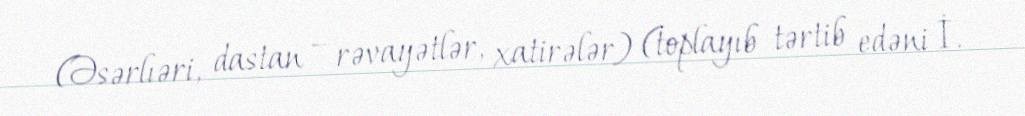
(Əsərlıəri, dastan – rəvayətlər, xatirələr) (toplayıb tərtib edəni İ.